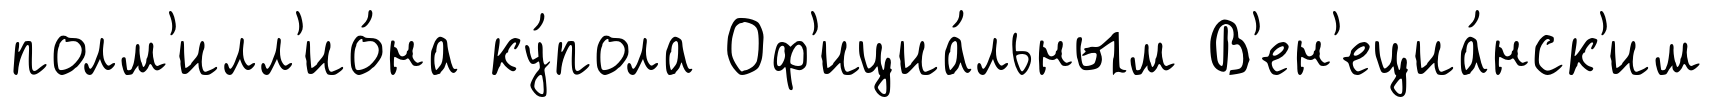
полм'илл'ио́на ку́пола Оф'ициа́льным В'ен'ециа́нск'им